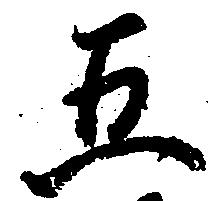
五